画像に写った文字を読んでください
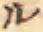
「ル」と書いてあります